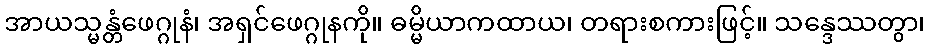
အာယသ္မန္တံဖေဂ္ဂုနံ၊ အရှင်ဖေဂ္ဂုနကို။ ဓမ္မိယာကထာယ၊ တရားစကားဖြင့်။ သန္ဒေဿတွာ၊